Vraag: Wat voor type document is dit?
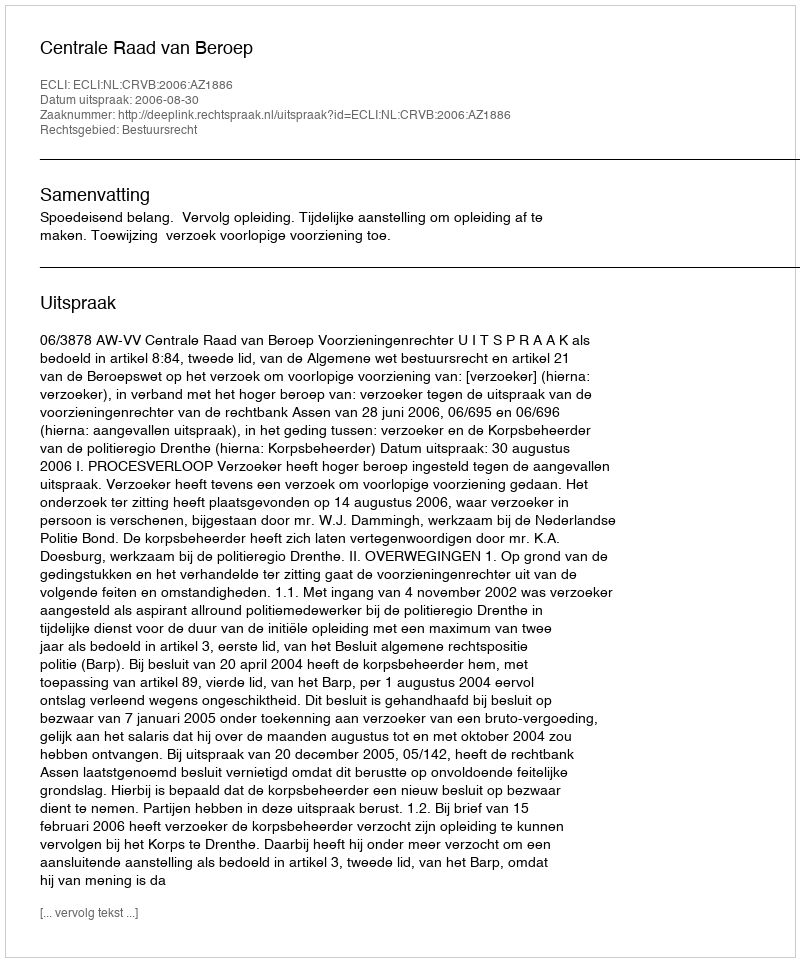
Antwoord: Uitspraak